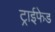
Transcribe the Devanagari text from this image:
ट्राईफेड